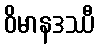
ဝိမာနဒဿီ